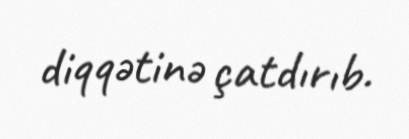
diqqətinə çatdırıb.